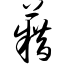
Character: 籍